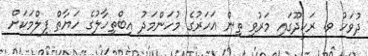
ދުވަހު ވ. ރަކީދޫގައި މަރުވި ތިން އަހަރުގެ މުހަންމަދު އިބްތިހާލުގެ ހަޔާތް ފިލްމަކަށް